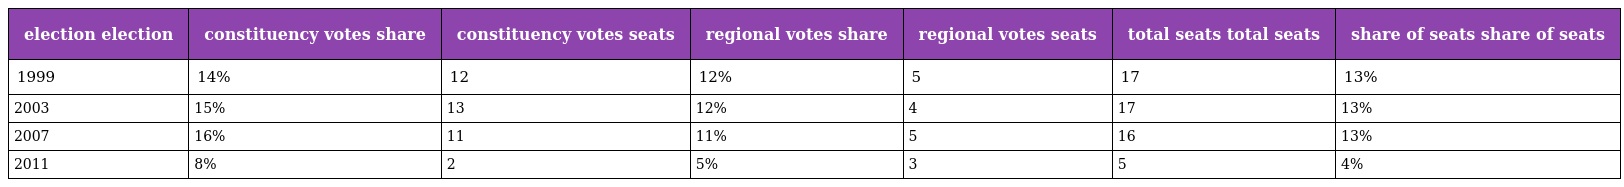
| election election | constituency votes share | constituency votes seats | regional votes share | regional votes seats | total seats total seats | share of seats share of seats |
 | --- | --- | --- | --- | --- | --- | --- |
 | 1999 | 14% | 12 | 12% | 5 | 17 | 13% |
 | 2003 | 15% | 13 | 12% | 4 | 17 | 13% |
 | 2007 | 16% | 11 | 11% | 5 | 16 | 13% |
 | 2011 | 8% | 2 | 5% | 3 | 5 | 4% |